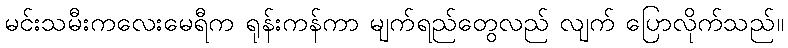
မင်းသမီးကလေးမေရီက ရုန်းကန်ကာ မျက်ရည်တွေလည် လျက် ပြောလိုက်သည်။